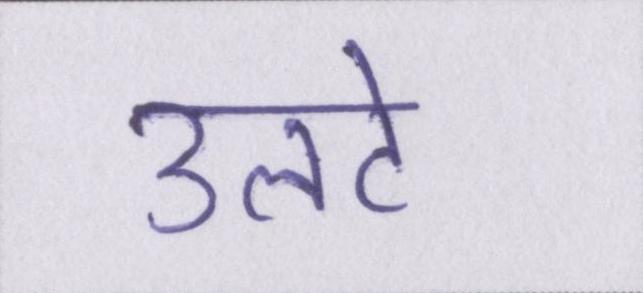
उलटे